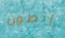
أنطون